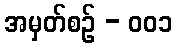
အမှတ်စဥ် - ၀၀၁